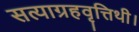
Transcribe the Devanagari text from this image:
सत्याग्रहवृत्तिथी।